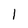
Character: 1